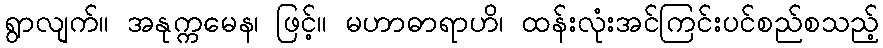
ရွာလျက်။ အနုက္ကမေန၊ ဖြင့်။ မဟာဓာရာဟိ၊ ထန်းလုံးအင်ကြင်းပင်စည်စသည့်